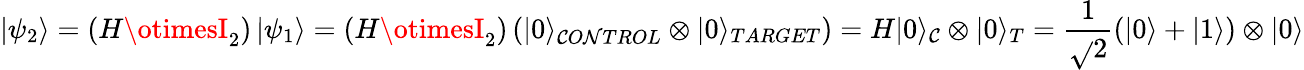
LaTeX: \left|\psi_{2}\right\rangle=\left(H\otimesI_{2}\right)\left|\psi_{1}\right\rangle=\left(H\otimesI_{2}\right)\left(|0\rangle_{\mathcal{C}O\mathcal{N}TROL}\otimes|0\rangle_{TARGET}\right)=H|0\rangle_{\mathcal{C}}\otimes|0\rangle_{T}=\frac{{1}}{{\sqrt{}{{2}}}}(|0\rangle+|1\rangle)\otimes|0\rangle